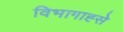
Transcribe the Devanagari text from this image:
विभागाह्से